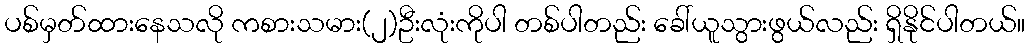
ပစ်မှတ်ထားနေသလို ကစားသမား(၂)ဦးလုံးကိုပါ တစ်ပါတည်း ခေါ်ယူသွားဖွယ်လည်း ရှိနိုင်ပါတယ်။